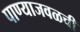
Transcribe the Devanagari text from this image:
पाण्याजवळची